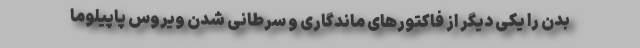
بدن را یکی دیگر از فاکتورهای ماندگاری و سرطانی شدن ویروس پاپیلوما